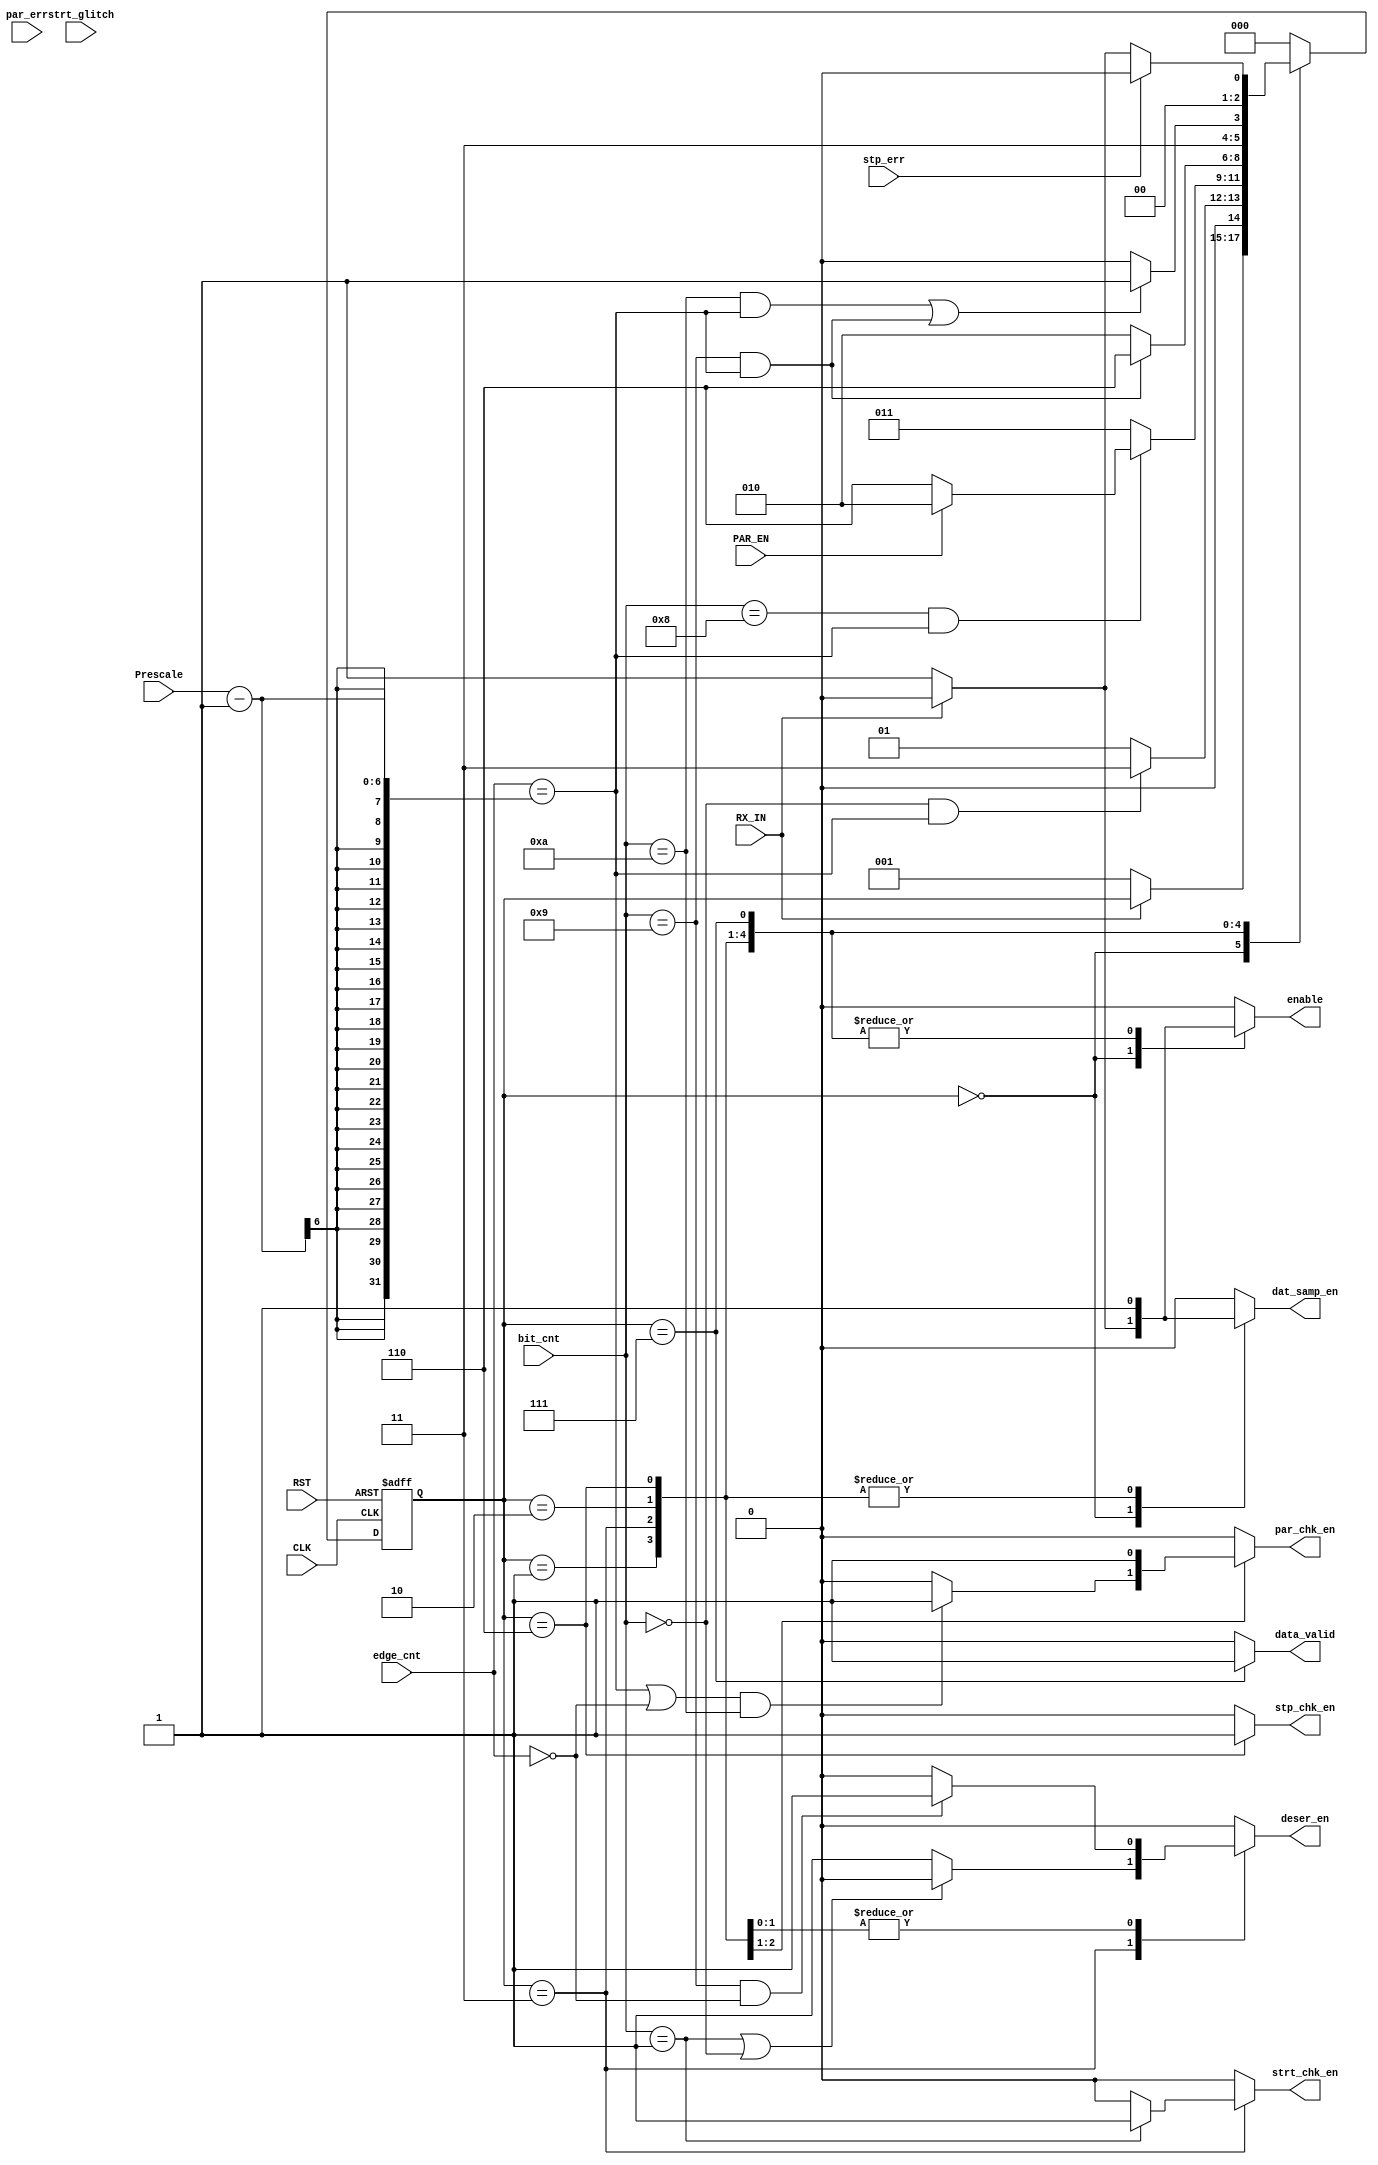
module FSM
	(
		input wire RX_IN,
		input wire PAR_EN,
		input wire [3:0] bit_cnt,
		input wire [4:0] edge_cnt, 
		input wire stp_err,
		input wire strt_glitch,
		input wire par_err,
		input wire [5:0] Prescale,
		input wire CLK,RST,

		output reg enable,
		output reg deser_en,
		output reg dat_samp_en,
		output reg par_chk_en,
		output reg strt_chk_en,
		output reg stp_chk_en,

		output reg data_valid
		);
		
	
	
	localparam [2:0]  IDLE        = 4'b0000,
					  start_chk   = 4'b0001,
					  receiving   = 4'b0011,
					  parity_chk  = 4'b0010,
					  stop_chk    = 4'b0110,
					  valid		  =	4'b0111;
		
		
	
	reg  	  [2:0] current_state,next_state ;			  
	always@(posedge CLK or negedge RST)
	 begin
		if(!RST)
			begin
				current_state <= IDLE ;
			end
		else
			begin
				current_state <= next_state ;
			end
	 end
 
	
	always@(*)
     begin
		case(current_state)
	
		IDLE 		:	begin
							if(!RX_IN)
								next_state = start_chk;
							else
								next_state = current_state;
						end
				
		start_chk 	:   begin 
							if((bit_cnt == 4'd0 ) && (edge_cnt == (Prescale-1))) 
								next_state = receiving;
							else
								next_state = start_chk;
						end
		
		receiving	:   begin
							if (strt_glitch == 1'b0)
									next_state = receiving;
								else
									next_state = IDLE;
							if(bit_cnt == 4'd8 && edge_cnt == (Prescale-1))
								if(PAR_EN)
									next_state = parity_chk;
								else
									next_state = stop_chk  ;
							else
								next_state = receiving;
						end
		
		parity_chk  :	begin
							if(bit_cnt == 4'd9 && edge_cnt == (Prescale-1))
								next_state = stop_chk;
							
							else
								next_state = parity_chk;
							 
								
							
						end

		stop_chk 	:   begin
							if (par_err)
									next_state = IDLE;
								else
									next_state = stop_chk;	
							if((bit_cnt == 4'd10 && edge_cnt == (Prescale-1)) || (bit_cnt == 4'd9) && (edge_cnt == (Prescale-1))) 
							 begin
								
									next_state = valid;
							 end
							else
								next_state = stop_chk;
						end 
						
		valid		:	begin
							if (stp_err)
								next_state = IDLE;
							else if (!RX_IN)
								next_state = start_chk;
							else
								next_state = IDLE ;
							
						end
		default :   next_state = IDLE ;	
		endcase
	 end
		 
		 
		 
	
	always@(*)
     begin
		data_valid 	 = 1'b0;
		enable		 = 1'b0;
		deser_en	 = 1'b0;
		dat_samp_en	 = 1'b0;
		par_chk_en	 = 1'b0;
		strt_chk_en	 = 1'b0;
		stp_chk_en	 = 1'b0;
		case(current_state)
	
		IDLE 		:	begin
							if(!RX_IN)
								begin
									enable		 = 1'b1;
									dat_samp_en	 = 1'b1;
									
								end
							else
								data_valid 	 	 = 1'b0;
						end
				
		start_chk 	:   begin
							enable		 = 1'b1;
							dat_samp_en	 = 1'b1;
							
						end
		
		receiving	:   begin
							if (bit_cnt == 1)
								strt_chk_en	= 1'b1;
							if(!(bit_cnt == 4'd1 || bit_cnt == 4'd0))
								deser_en = 1'b1;
							enable		 = 1'b1;
							dat_samp_en	 = 1'b1;
							
							
							if ((edge_cnt== (Prescale-1)||edge_cnt=='d0) && bit_cnt == 10)
								par_chk_en = 1'b1;
						end
		
		parity_chk  :	begin
							if((bit_cnt == 4'd9 && edge_cnt=='d0))
								deser_en = 1'b1;
							par_chk_en	 = 1'b1;
							enable		 = 1'b1;
							dat_samp_en	 = 1'b1;
						end

		stop_chk 	:   begin
							if((bit_cnt == 4'd9 && edge_cnt=='d0))
								deser_en = 1'b1;
								
							stp_chk_en	 = 1'b1;
							enable		 = 1'b1;
							dat_samp_en	 = 1'b1;
						end 
						
		valid		:	begin
								
							data_valid 	 = 1'b1;
							enable		 = 1'b1;	
						end
						
		default 	:   begin
							data_valid 	 = 1'b0;
							enable		 = 1'b0;
							deser_en	 = 1'b0;
							dat_samp_en	 = 1'b0;
							par_chk_en	 = 1'b0;
							strt_chk_en	 = 1'b0;
							stp_chk_en	 = 1'b0;
						end
		endcase
	 end
	 
		
		
		
endmodule